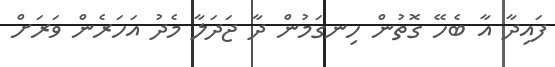
ފައިދާ އާ ބެހޭ ގޮތުން ހިނގަމުން ދާ ޖަދަލާ މެދު އަހަރެން ވަރަށް